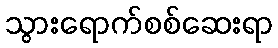
သွားရောက်စစ်ဆေးရာ